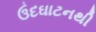
ઉદઘાટનથી